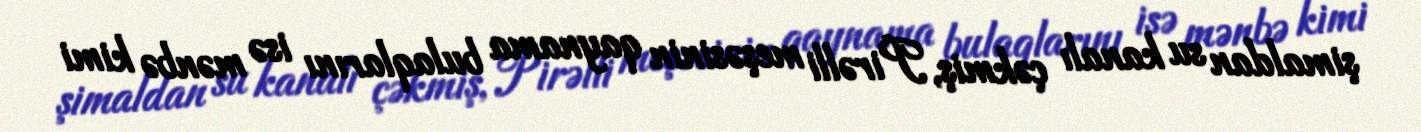
şimaldan su kanalı çəkmiş, Pirəlli meşəsinin qaynama bulaqlarını isə mənbə kimi